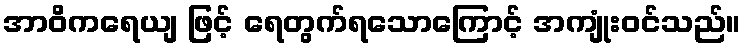
အာဝိကရေယျ ဖြင့် ရေတွက်ရသောကြောင့် အကျုံးဝင်သည်။